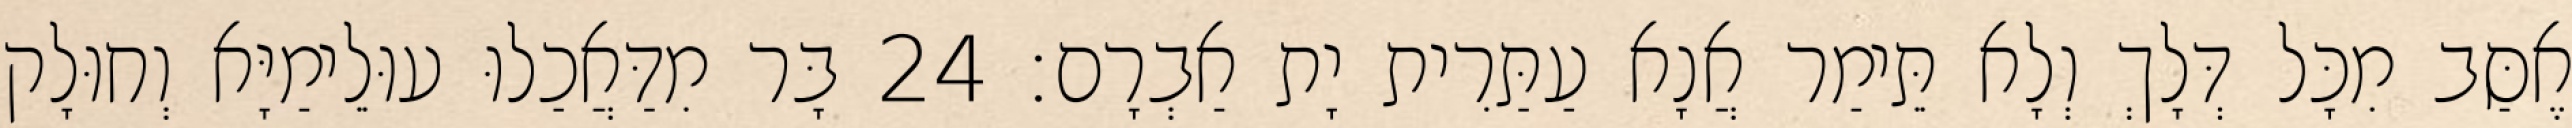
אֶסַּב מִכָּל דְּלָךְ וְלָא תֵּימַר אֲנָא עַתַּרִית יָת אַבְרָם׃ 24 בָּר מִדַּאֲכַלוּ עוּלֵימַיָּא וְחוּלָק